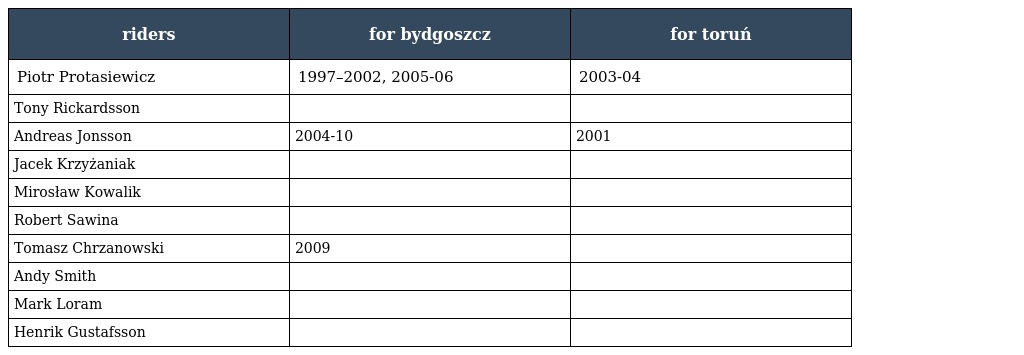
| riders | for bydgoszcz | for toruń |
 | --- | --- | --- |
 | Piotr Protasiewicz | 1997–2002, 2005-06 | 2003-04 |
 | Tony Rickardsson |  |  |
 | Andreas Jonsson | 2004-10 | 2001 |
 | Jacek Krzyżaniak |  |  |
 | Mirosław Kowalik |  |  |
 | Robert Sawina |  |  |
 | Tomasz Chrzanowski | 2009 |  |
 | Andy Smith |  |  |
 | Mark Loram |  |  |
 | Henrik Gustafsson |  |  |